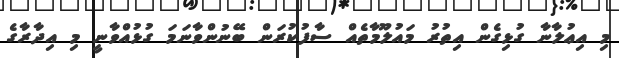
މި އިޢުލާނާ ގުޅިގެން އިތުރު މައުލޫމާތެއް ސާފުކުރަން ބޭނުންވާނަމަ ގުޅުއްވާނީ މި އިދާރާގެ